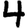
Digit: 4